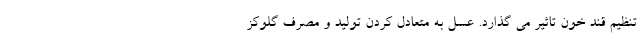
تنظیم قند خون تاثیر می گذارد. عسل به متعادل کردن تولید و مصرف گلوکز